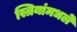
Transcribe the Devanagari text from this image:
स्त्रियांमधले